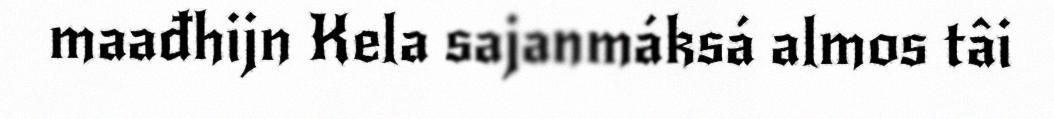
maađhijn Kela sajanmáksá almos tâi